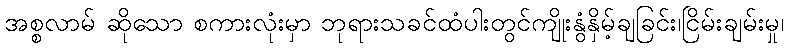
အစ္စလာမ် ဆိုသော စကားလုံးမှာ ဘုရားသခင်ထံပါးတွင်ကျိုးနွံနှိမ့်ချခြင်း၊ငြိမ်းချမ်းမှု၊